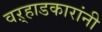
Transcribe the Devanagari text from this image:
वऱ्हाडकारांनी